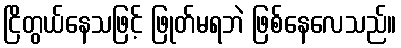
ငြိတွယ်နေသဖြင့် ဖြုတ်မရဘဲ ဖြစ်နေလေသည်။